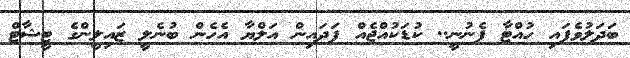
ބަދަލުވެފައި ހުއްޓާ ފެނުނީ.. ކުޑަކުއްޖެއް ފަދައިން އަލްޔާ އެހެން ބުނެލީ ޒައިލީންގެ ޓީޝާޓް